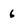
Character: 6